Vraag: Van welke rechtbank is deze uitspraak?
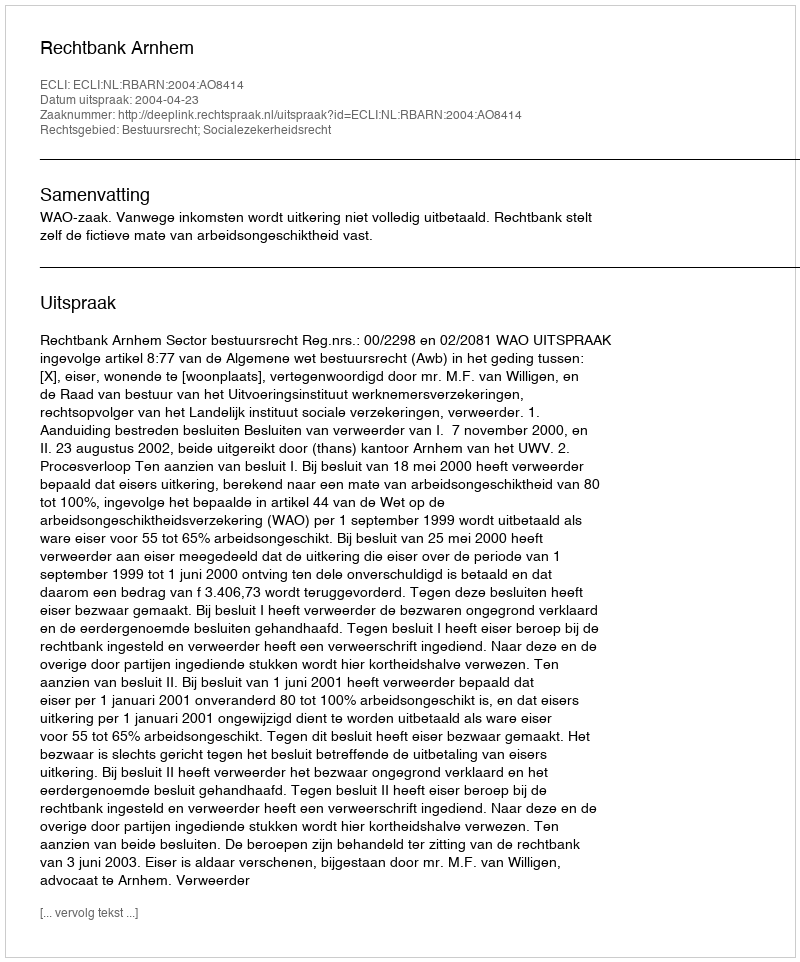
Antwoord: Rechtbank Arnhem